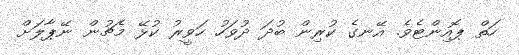
ހަތް ޕޮއިންޓެވެ. އޭނގެ ކުރިން ބުދަ ދުވަހު ހަވީރު ކުޅޭ މެޗުން ނޭޕާލަށް